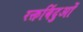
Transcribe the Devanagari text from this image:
रक्तबिंदुओं